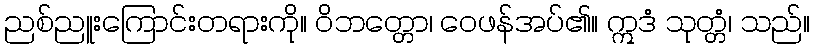
ညစ်ညူးကြောင်းတရားကို။ ဝိဘတ္တော၊ ဝေဖန်အပ်၏။ ဣဒံ သုတ္တံ၊ သည်။